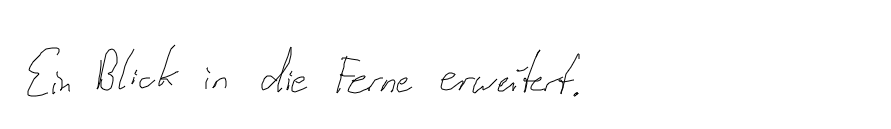
Ein Blick in die Ferne erweitert.